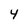
Character: 4